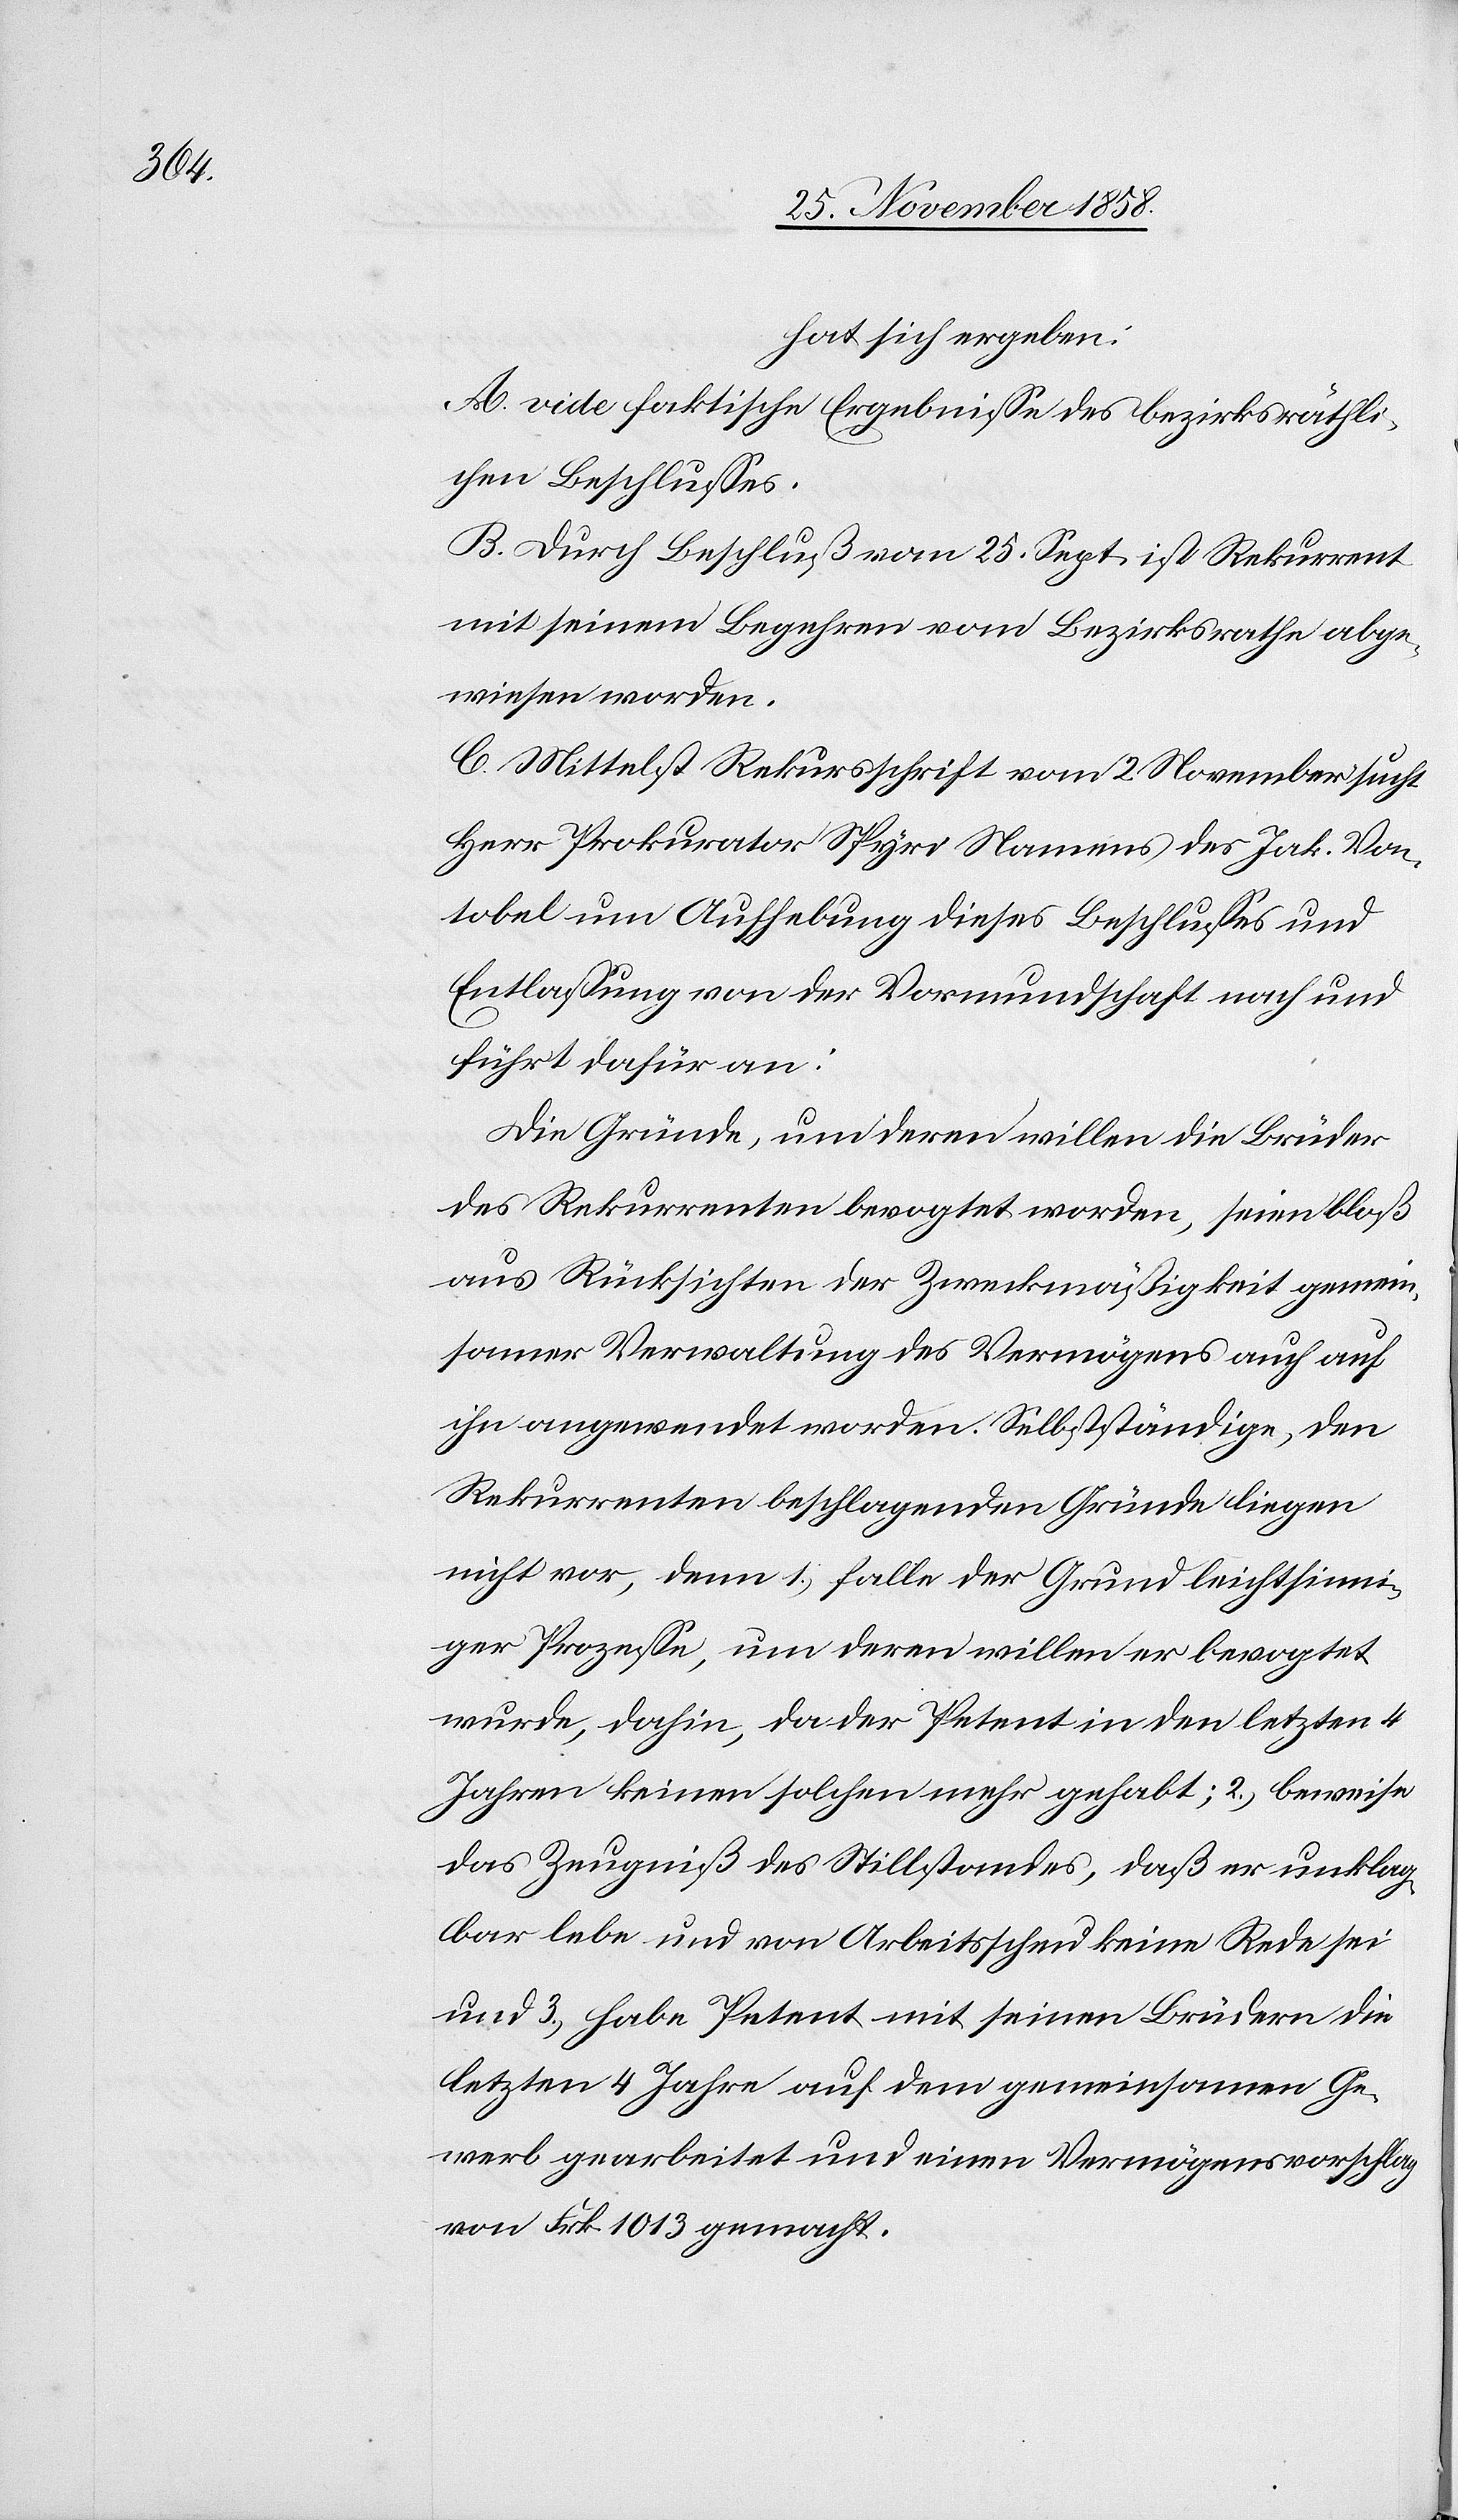
hat sich ergeben:
A. vide faktische Ergebnisse des bezirksräthli¬
chen Beschlusses.
B. Durch Beschluß vom 25. Sept. ist Rekurrent
mit seinem Begehren vom Bezirksrathe abge¬
wiesen worden.
C. Mittelst Rekursschrift vom 2. November sucht
Herr Prokurator Spyri Namens des Jak. Von¬
tobel um Aufhebung dieses Beschlusses und
Entlassung von der Vormundschaft nach und
führt dafür an:
Die Gründe, um deren willen die Brüder
des Rekurrenten bevogtet worden, seien bloß
aus Rücksichten der Zweckmäßigkeit gemein¬
samer Verwaltung des Vermögens auch auf
ihn angewendet worden. Selbstständige, den
Rekurrenten beschlagenden Gründe liegen
nicht vor, denn 1.) falle der Grund leichtsinni¬
ger Prozesse, um deren willen er bevogtet
wurde, dahin, da der Petent in den letzten 4
Jahren keinen solchen mehr gehabt; 2.) beweise
das Zeugniß des Stillstandes, daß er unklag¬
bar lebe und von Arbeitsscheu keine Rede sei
und 3.) habe Petent mit seinen Brüdern die
letzten 4 Jahre auf dem gemeinsamen Ge¬
werb gearbeitet und einen Vermögensvorschlag
von Frk. 1013 gemacht.